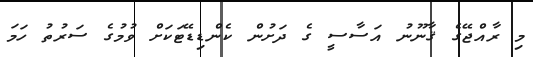
މި ރާއްޖޭގެ ޤާނޫނު އަސާސީ ގެ ދަށުން ކެންޑިޑޭޓަކަށް ވުމުގެ ސަރުތު ހަމަ